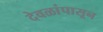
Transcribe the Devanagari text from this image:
देवळांपासून